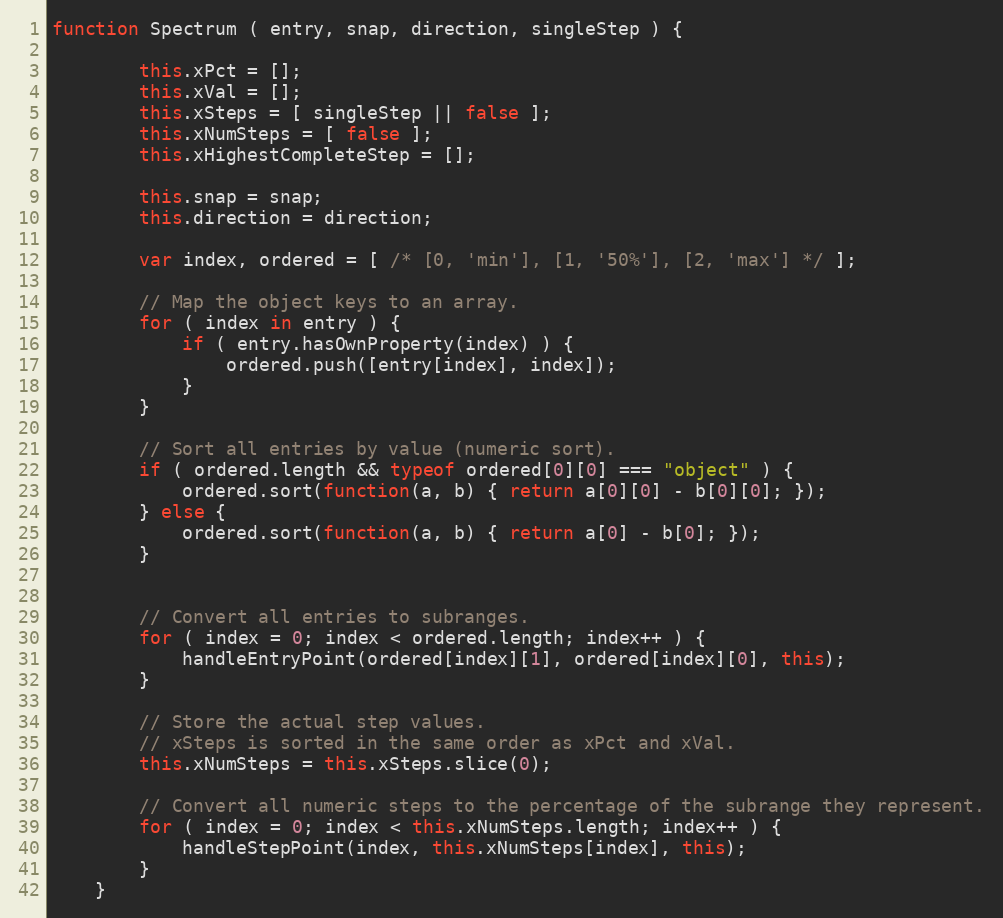
Language: JavaScript
function Spectrum ( entry, snap, direction, singleStep ) {

        this.xPct = [];
        this.xVal = [];
        this.xSteps = [ singleStep || false ];
        this.xNumSteps = [ false ];
        this.xHighestCompleteStep = [];

        this.snap = snap;
        this.direction = direction;

        var index, ordered = [ /* [0, 'min'], [1, '50%'], [2, 'max'] */ ];

        // Map the object keys to an array.
        for ( index in entry ) {
            if ( entry.hasOwnProperty(index) ) {
                ordered.push([entry[index], index]);
            }
        }

        // Sort all entries by value (numeric sort).
        if ( ordered.length && typeof ordered[0][0] === "object" ) {
            ordered.sort(function(a, b) { return a[0][0] - b[0][0]; });
        } else {
            ordered.sort(function(a, b) { return a[0] - b[0]; });
        }

        // Convert all entries to subranges.
        for ( index = 0; index < ordered.length; index++ ) {
            handleEntryPoint(ordered[index][1], ordered[index][0], this);
        }

        // Store the actual step values.
        // xSteps is sorted in the same order as xPct and xVal.
        this.xNumSteps = this.xSteps.slice(0);

        // Convert all numeric steps to the percentage of the subrange they represent.
        for ( index = 0; index < this.xNumSteps.length; index++ ) {
            handleStepPoint(index, this.xNumSteps[index], this);
        }
    }